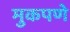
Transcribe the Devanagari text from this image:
मुकपणे